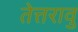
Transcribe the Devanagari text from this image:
तेत्तरावु